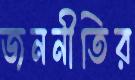
জননীতির